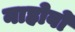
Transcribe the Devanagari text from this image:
नाहोवो